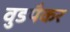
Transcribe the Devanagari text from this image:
वुडपैकर